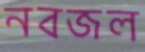
নবজল